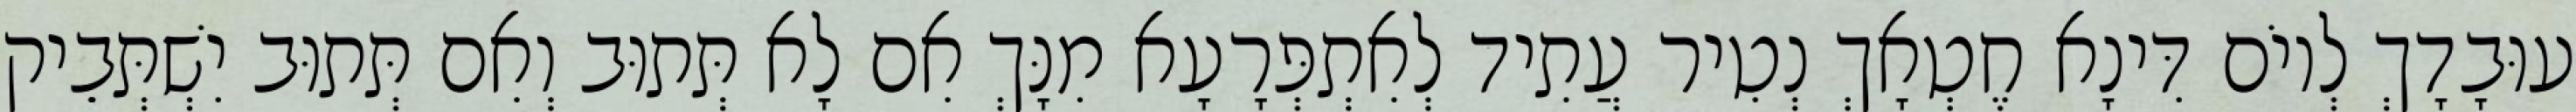
עוּבָדָךְ לְיוֹם דִּינָא חֶטְאָךְ נְטִיר עֲתִיד לְאִתְפְּרָעָא מִנָּךְ אִם לָא תְּתוּב וְאִם תְּתוּב יִשְׁתְּבֵיק